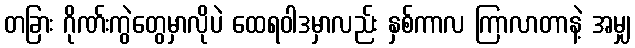
တခြား ဂိုဏ်းကွဲတွေမှာလိုပဲ ထေရဝါဒမှာလည်း နှစ်ကာလ ကြာလာတာနဲ့ အမျှ